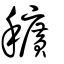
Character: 穬